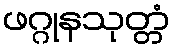
ဖဂ္ဂုနသုတ္တံ